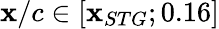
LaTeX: \mathbf{x}/c\in[\mathbf{x}_{STG};0.16]